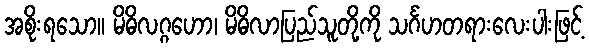
အစိုးရသော။ မိဓိလဂ္ဂဟော၊ မိဓိလာပြည်သူတို့ကို သင်္ဂဟတရားလေးပါးဖြင့်